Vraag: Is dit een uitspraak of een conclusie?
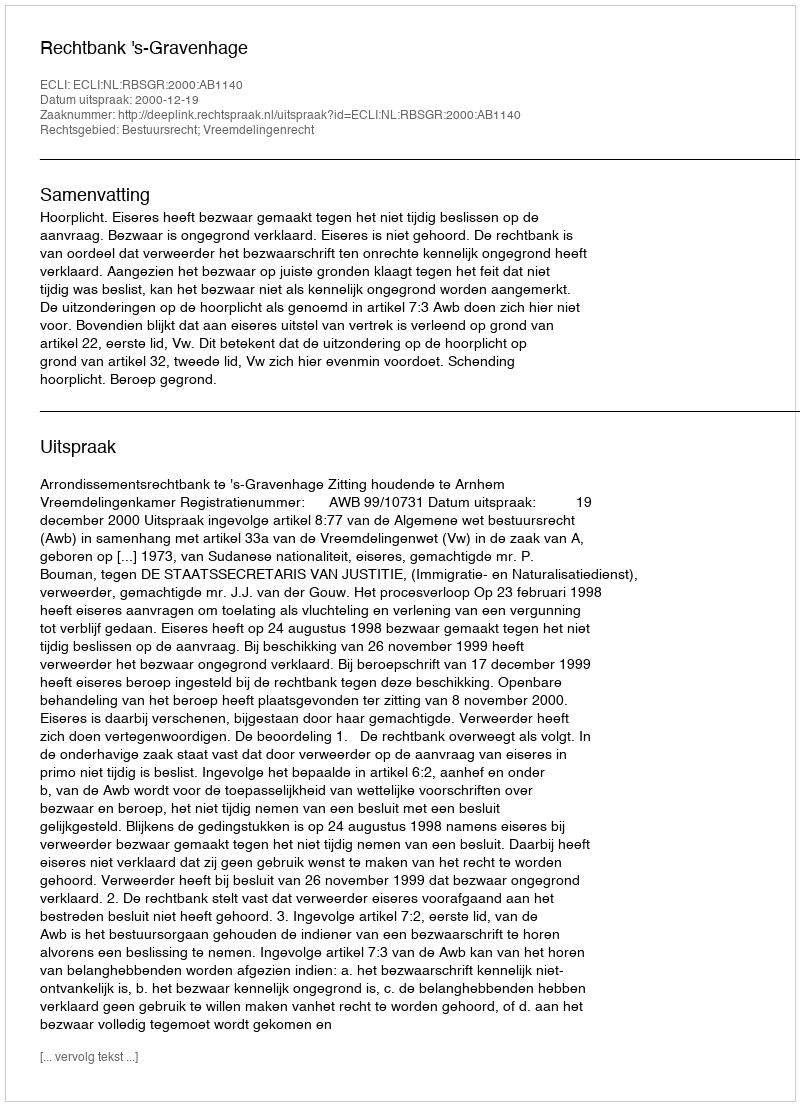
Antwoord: Uitspraak